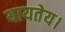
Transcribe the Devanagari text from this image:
यायतेय।